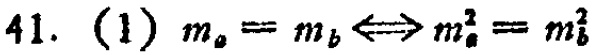
41. (1) $m_a = m_b \Longleftrightarrow m_a^2 = m_b^2$